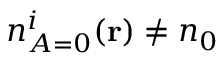
{ n _ { A = 0 } ^ { i } ( \mathbf { r } ) } \neq n _ { 0 }